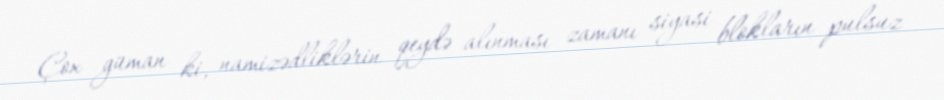
Çox güman ki, namizədliklərin qeydə alınması zamanı siyasi blokların pulsuz